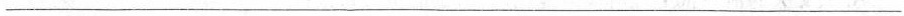
___